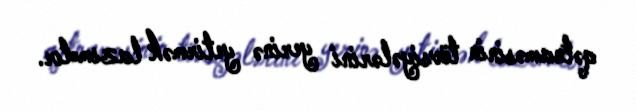
qətnaməsinin tövsiyələrini yerinə yetirmək lazımdır.